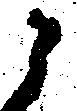
之